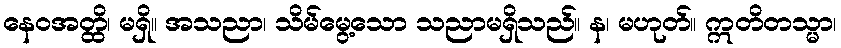
နေဝအတ္ထိ၊ မရှိ။ အသညာ၊ သိမ်မွေ့သော သညာမရှိသည်။ န၊ မဟုတ်။ ဣတိတသ္မာ၊